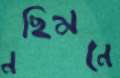
নছিমনে